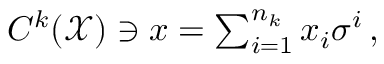
\begin{array} { r } { C ^ { k } ( \mathcal { X } ) \ni x = \sum _ { i = 1 } ^ { n _ { k } } x _ { i } \sigma ^ { i } \, , } \end{array}